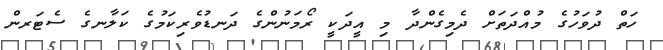
ހަތް ދުވަހުގެ މުއްދަތަށް ދެމިގެންދާ މި އީދަކީ ރޯމަނުންގެ ދަނޑުވެރިކަމުގެ ކަލާނގެ ސެޓަރން